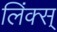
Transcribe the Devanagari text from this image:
लिंक्स्